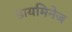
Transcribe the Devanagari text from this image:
डायमिनेज